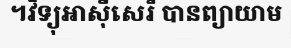
។វិទ្យុអាស៊ីសេរី បានព្យាយាម